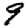
Digit: 9